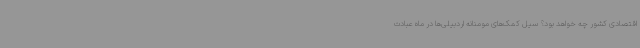
اقتصادی کشور چه خواهد بود؟ سیل کمک‌های مومنانه اردبیلی‌ها در ماه عبادت